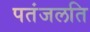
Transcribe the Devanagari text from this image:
पतंजलति